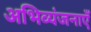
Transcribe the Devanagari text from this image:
अभिव्यंजनाएँ